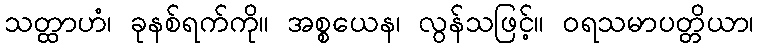
သတ္ထာဟံ၊ ခုနစ်ရက်ကို။ အစ္စယေန၊ လွန်သဖြင့်။ ဝရသမာပတ္တိယာ၊